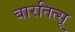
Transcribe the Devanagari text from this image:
बारतित्सू